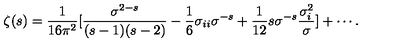
\zeta ( s ) = { \frac { 1 } { 1 6 \pi ^ { 2 } } } [ { \frac { \sigma ^ { 2 - s } } { ( s - 1 ) ( s - 2 ) } } - { \frac { 1 } { 6 } } \sigma _ { i i } \sigma ^ { - s } + { \frac { 1 } { 1 2 } } s \sigma ^ { - s } { \frac { \sigma _ { i } ^ { 2 } } { \sigma } } ] + \cdots .